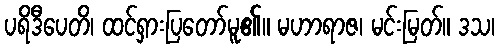
ပရိဒီပေတိ၊ ထင်ရှားပြတော်မူ၏။ မဟာရာဇ၊ မင်းမြတ်။ ဒသ၊